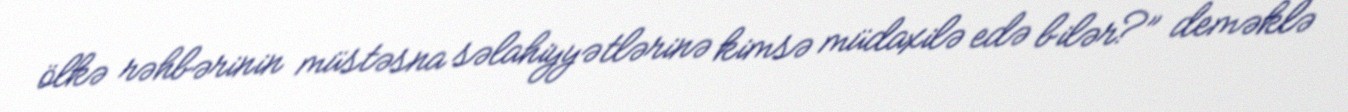
ölkə rəhbərinin müstəsna səlahiyyətlərinə kimsə müdaxilə edə bilər?” deməklə